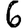
Digit: 6